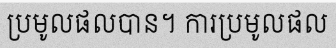
ប្រមូលផលបាន។ ការប្រមូលផល